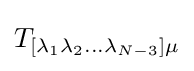
T_{[\lambda _{1}\lambda _{2}...\lambda _{N-3}]\mu }